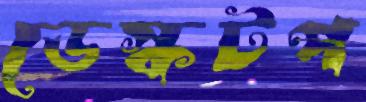
ডেস্কটপ